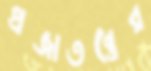
প্রজাতন্ত্রের